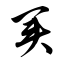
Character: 买